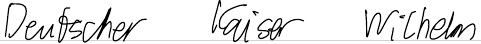
Deutscher Kaiser Wilhelm